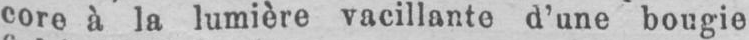
core à la lumière vacillante d’une bougie